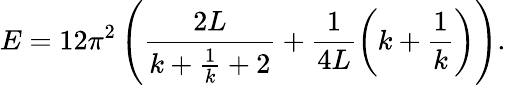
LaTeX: E=12\pi^{2}\left(\frac{2L}{k+\frac{1}{k}+2}+\frac{1}{4L}\left(k+\frac{1}{k}\right)\right).